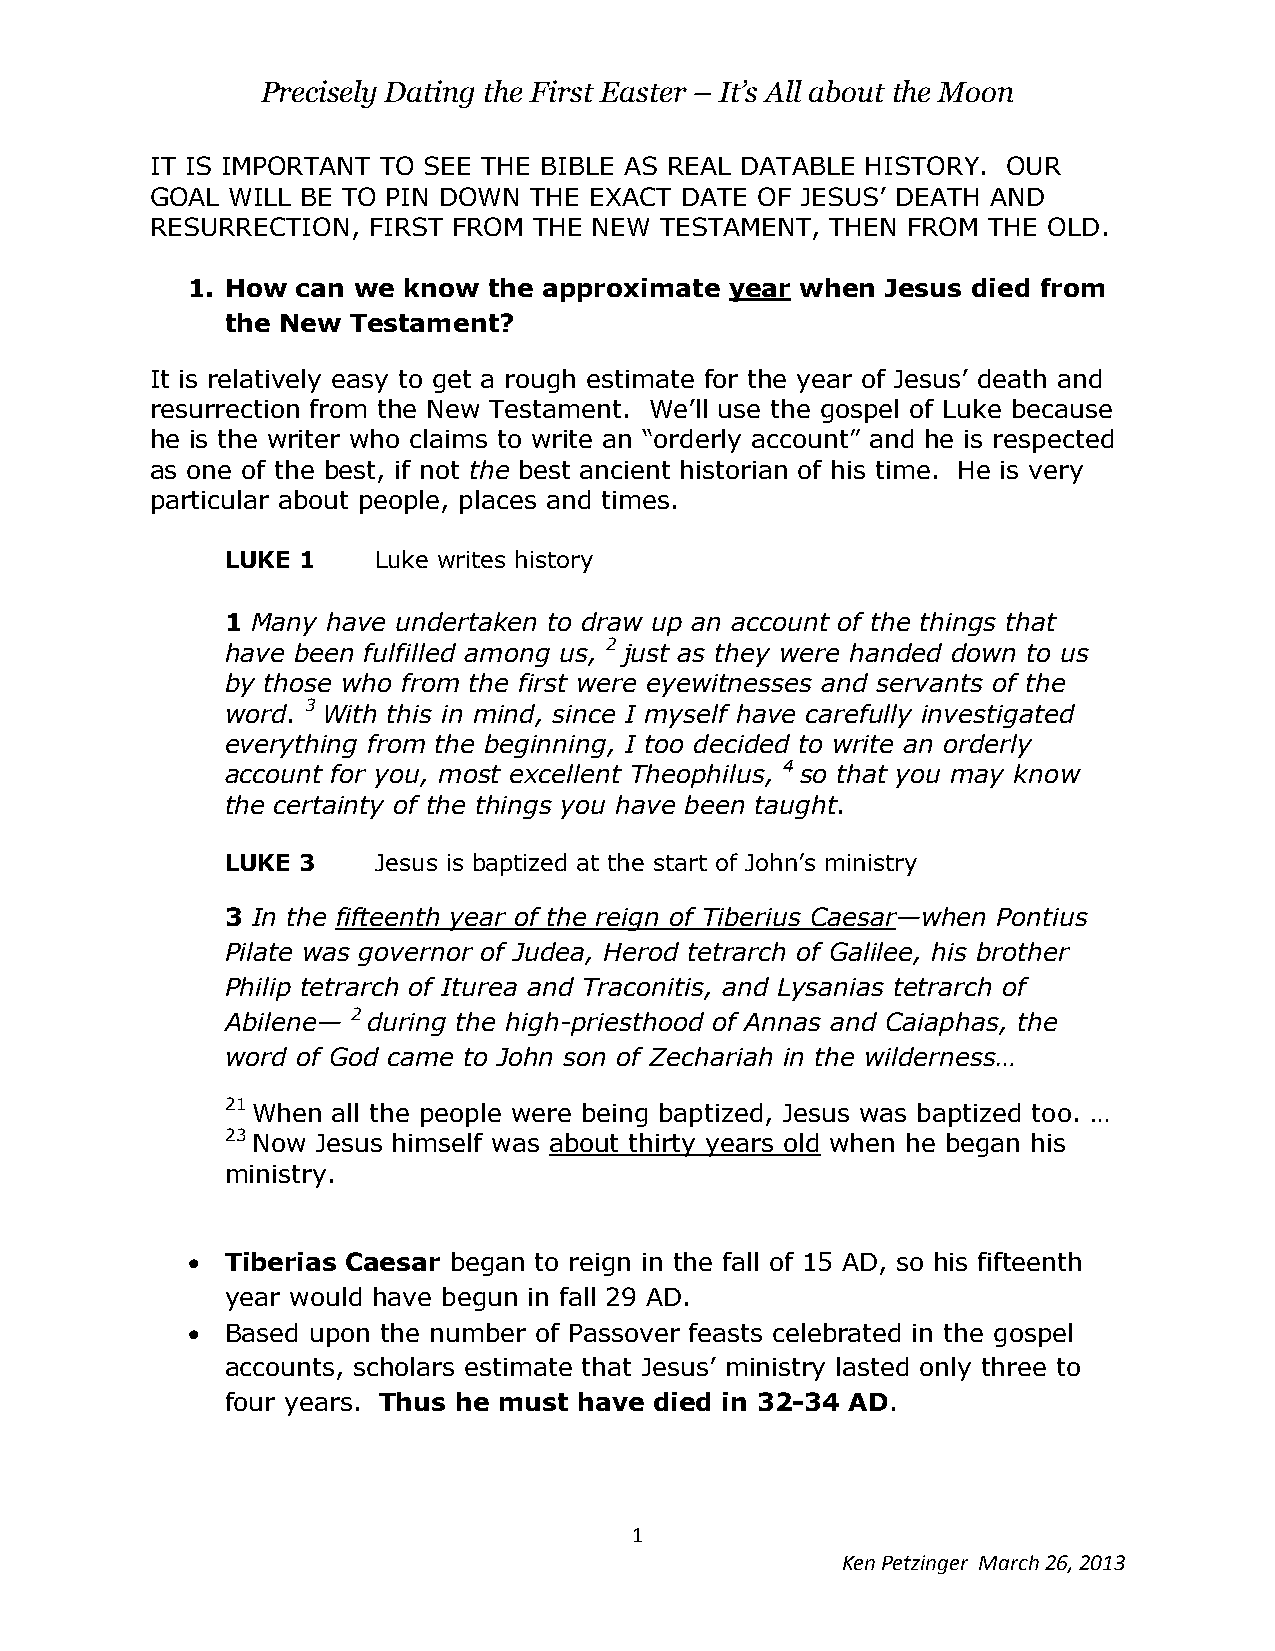
Precisely Dating the First Easter – It’s All about the Moon
 IT IS IMPORTANT TO SEE THE BIBLE AS REAL DATABLE HISTORY. OUR
 GOAL WILL BE TO PIN DOWN THE EXACT DATE OF JESUS’ DEATH AND
 RESURRECTION, FIRST FROM THE NEW  TESTAMENT, THEN FROM THE OLD.
 1. How  can we know the approximate year when  Jesus died from
 the New Testament?
 It is relatively easy to get a rough estimate for the year of Jesus’ death and
 resurrection from the New Testament. We’ll use the gospel of Luke because
 he is the writer who claims to write an “orderly account” and he is respected
 as one of the best, if not the best ancient historian of his time. He is very
 particular about people, places and times.
 LUKE 1    Luke writes history
 1 Many have undertaken to draw up an account of the things that
 have been fulfilled among us, 2 just as they were handed down to us
 by those who from the first were eyewitnesses and servants of the
 word. 3 With this in mind, since I myself have carefully investigated
 everything from the beginning, I too decided to write an orderly
 account for you, most excellent Theophilus, 4 so that you may know
 the certainty of the things you have been taught.
 LUKE 3    Jesus is baptized at the start of John’s ministry
 3 In the fifteenth year of the reign of Tiberius Caesar—when Pontius
 Pilate was governor of Judea, Herod tetrarch of Galilee, his brother
 Philip tetrarch of Iturea and Traconitis, and Lysanias tetrarch of
 Abilene— 2 during the high-priesthood of Annas and Caiaphas, the
 word of God came to John son of Zechariah in the wilderness…
 21 When all the people were being baptized, Jesus was baptized too. …
 23 Now Jesus himself was about thirty years old when he began his
 ministry.
   Tiberias Caesar began to reign in the fall of 15 AD, so his fifteenth
 year would have begun in fall 29 AD.
   Based upon the number of Passover feasts celebrated in the gospel
 accounts, scholars estimate that Jesus’ ministry lasted only three to
 four years. Thus he must have died in 32-34 AD.
 1
 Ken Petzinger March 26, 2013